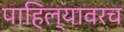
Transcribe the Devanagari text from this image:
पाहिल्यावरच